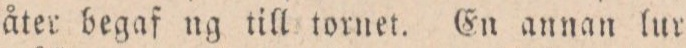
åter begaf ng till tornet. En annan lur